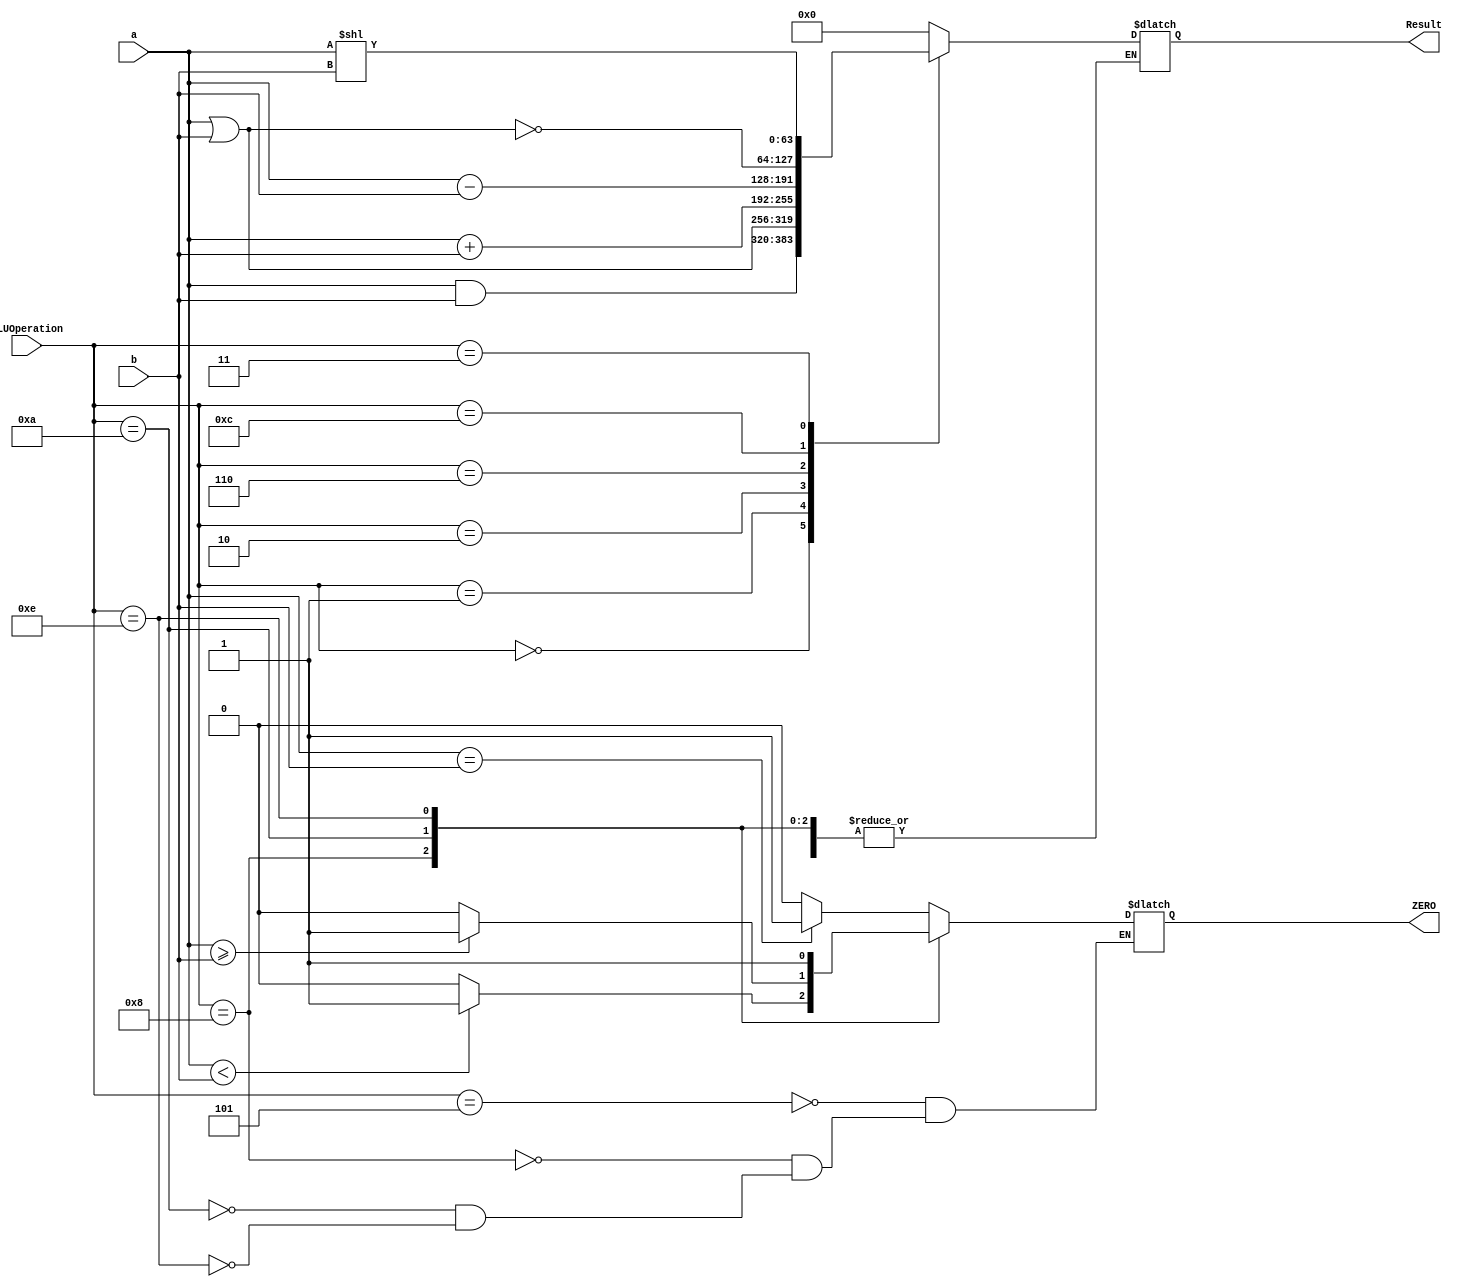
`timescale 1ns / 1ps
//////////////////////////////////////////////////////////////////////////////////
// Company: 
// Engineer: 
// 
// Design Name: 
// Module Name: ALU_64_Bit
// Project Name: 
// Target Devices: 
// Tool Versions: 
// Description: 
// 
// Dependencies: 
// 
// Revision:
// Revision 0.01 - File Created
// Additional Comments:
// 
//////////////////////////////////////////////////////////////////////////////////


module ALU_64_bit
(
    input [63:0]a, b,
    input [3:0] ALUOperation,
    output reg [63:0] Result,
    output ZERO
);

// Assigning Operations
localparam [3:0]
    AND = 4'b0000,
    OR = 4'b0001,
    ADD = 4'b0010,
    Sub = 4'b0110,
    NOR = 4'b1100,
    SLLI = 4'b0011,
    Beq = 4'b0101,
    Blt = 4'b1000,
    Bge = 4'b1010,
    Jal = 4'b1110;
  
// temp variable to control the value of ZERO output of ALU  
reg temp;
always @ (ALUOperation, a, b) begin
    case (ALUOperation)
        // Assigning Result the output based on Operation
        AND: Result = a & b;
        OR: Result = a | b;
        ADD: Result = a + b;
        Sub: Result = a - b;
        NOR: Result = ~(a | b);
        SLLI: Result = a << b;
        
        // Whenever you have to jump to an instruction Both Zero and Branch have to be 1
        // Therefore temp is assigned 1 when you need to jump, else 0
   
        Beq: begin
            if (a == b) begin
                temp = 1;
            end
            else begin
                temp = 0;
            end
        end
        Blt: begin
            if( a < b) begin
                temp = 1;
            end
            else begin
                temp = 0;
            end
        end
        Bge: begin
            if( a >= b) begin
                temp = 1;
            end
            else begin
                temp = 0;
            end
        end
              
        // When Jal Operation, temp = 1 to trigger jump
        Jal: temp = 1;
        
        default: Result = 0;
    endcase
end
// Assigning value of temp to ZERO
assign ZERO = temp;

endmodule